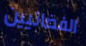
الفضائيين